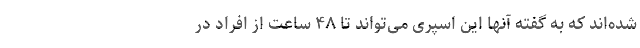
شده‌اند که به گفته آنها این اسپری می‌تواند تا ۴۸ ساعت از افراد در